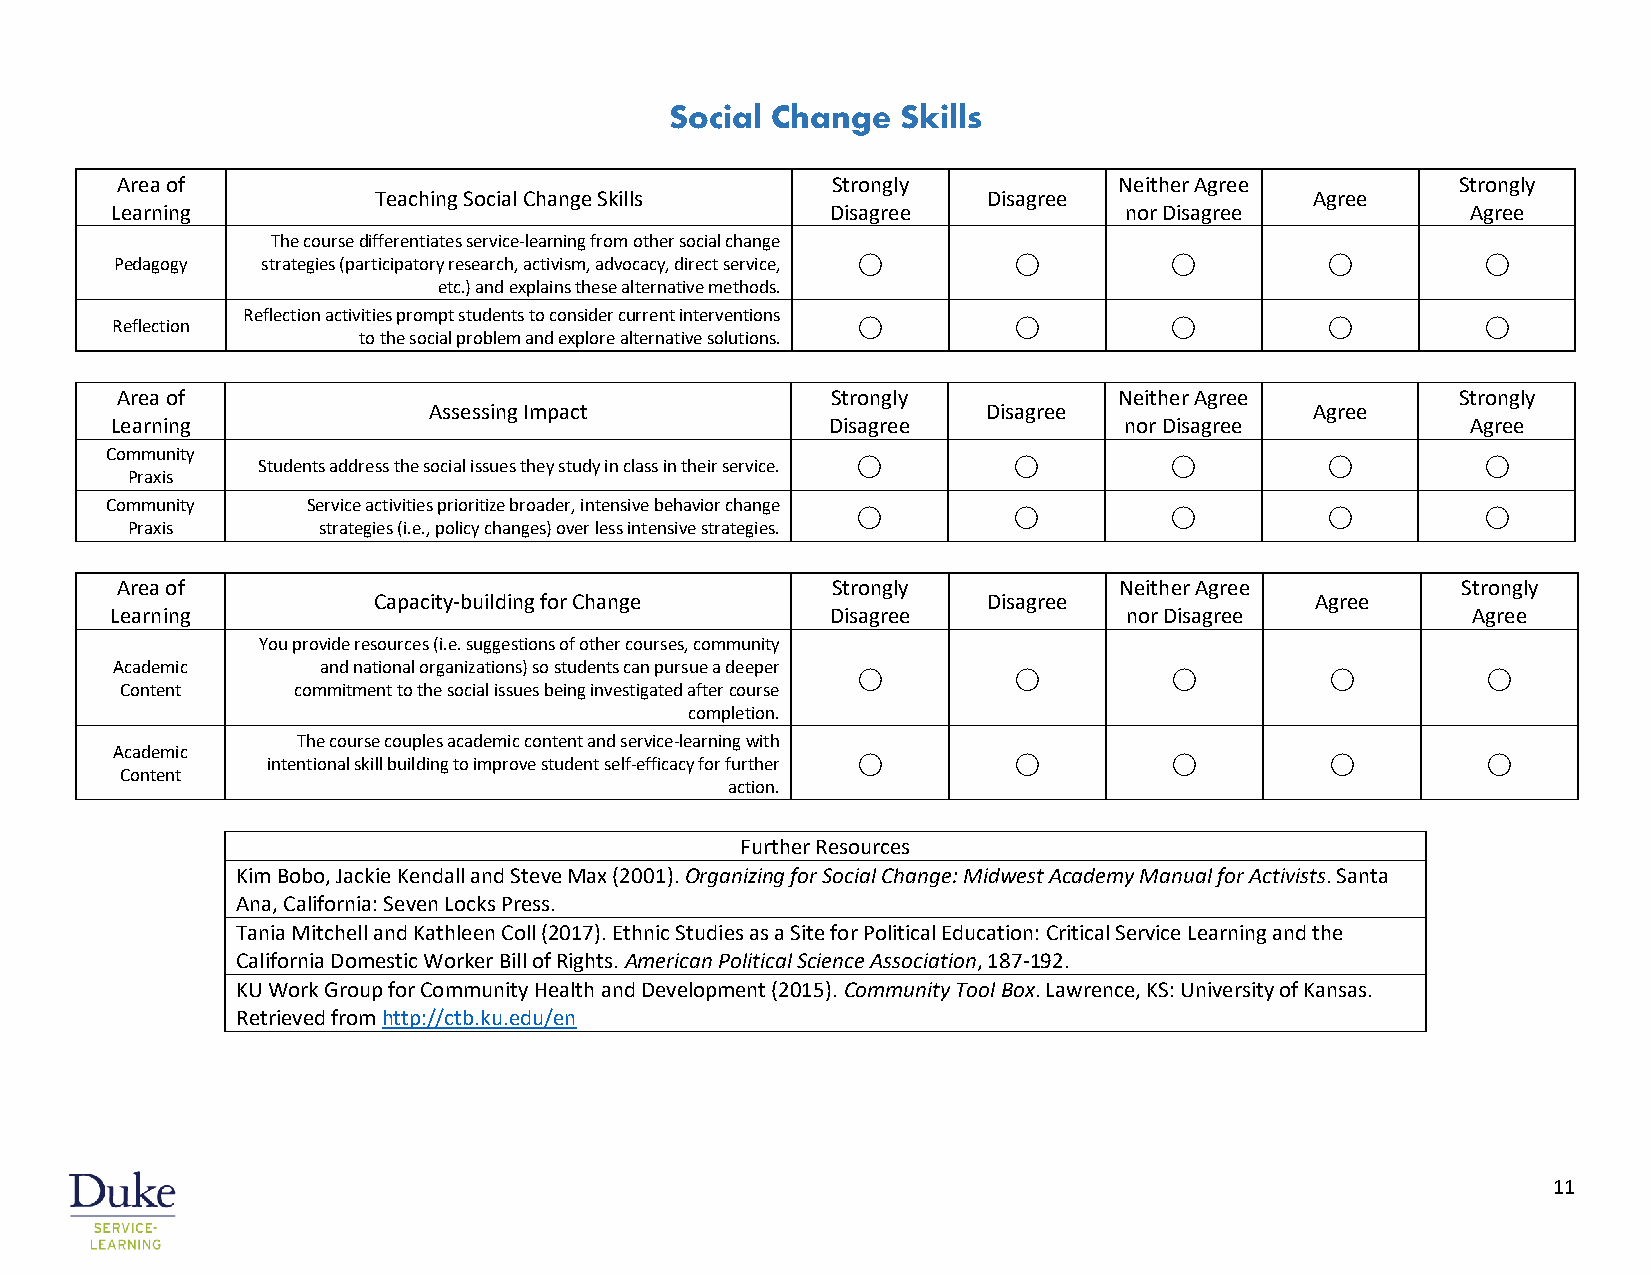
Social Change   Skills
 Area of                                        Strongly           Neither Agree          Strongly
 Teaching Social Change Skills           Disagree              Agree
 Learning                                        Disagree           nor Disagree           Agree
 The course differentiates service-learning from other social change
 Pedagogy strategies (participatory research, activism, advocacy, direct service, ⃝ ⃝ ⃝ ⃝  ⃝
 etc.) and explains these alternative methods.
 Reflection activities prompt students to consider current interventions
 Reflection                                        ⃝         ⃝          ⃝         ⃝         ⃝
 to the social problem and explore alternative solutions.
 Area of                                        Strongly           Neither Agree          Strongly
 Assessing Impact                     Disagree              Agree
 Learning                                        Disagree           nor Disagree           Agree
 Community
 Students address the social issues they study in class in their service. ⃝ ⃝ ⃝ ⃝ ⃝
 Praxis
 Community    Service activities prioritize broader, intensive behavior change
 ⃝         ⃝          ⃝         ⃝         ⃝
 Praxis       strategies (i.e., policy changes) over less intensive strategies.
 Area of                                        Strongly           Neither Agree          Strongly
 Capacity-building for Change            Disagree              Agree
 Learning                                        Disagree           nor Disagree           Agree
 You provide resources (i.e. suggestions of other courses, community
 Academic     and national organizations) so students can pursue a deeper
 ⃝         ⃝          ⃝         ⃝         ⃝
 Content    commitment to the social issues being investigated after course
 completion.
 The course couples academic content and service-learning with
 Academic
 intentional skill building to improve student self-efficacy for further ⃝ ⃝ ⃝ ⃝ ⃝
 Content
 action.
 Further Resources
 Kim Bobo, Jackie Kendall and Steve Max (2001). Organizing for Social Change: Midwest Academy Manual for Activists. Santa
 Ana, California: Seven Locks Press.
 Tania Mitchell and Kathleen Coll (2017). Ethnic Studies as a Site for Political Education: Critical Service Learning and the
 California Domestic Worker Bill of Rights. American Political Science Association, 187-192.
 KU Work Group for Community Health and Development (2015). Community Tool Box. Lawrence, KS: University of Kansas.
 Retrieved from http://ctb.ku.edu/en
 11